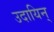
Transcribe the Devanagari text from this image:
उदायिन्